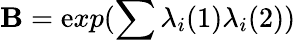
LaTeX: {\cal\mathbf{B}}=\mathrm{e}xp(\sum{\lambda}_{i}(1){\lambda}_{i}(2))